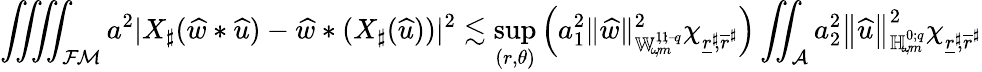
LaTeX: \iiiint_{{\mathcal{FM}}}a^{2}|X_{\sharp}(\widehat{w}*{\widehat{u}})-\widehat{w}*(X_{\sharp}({\widehat{u}}))|^{2}\lesssim\operatorname*{sup}_{(r,\theta)}\left(a_{1}^{2}\lVert\widehat{w}\rVert_{{\mathbb{W}_{\! \omega\! ,m}^{1\! ,1\! ;{-\! q}}}}^{2}\chi_{\underline{{r}}^{\sharp}\! ,\overline{{r}}^{\sharp}}\right)\iint_{\mathcal{A}}a_{2}^{2}\left\lVert{\widehat{u}}\right\rVert_{{\mathbb{H}_{\! \omega\! ,m}^{0;{q}}}}^{2}\chi_{\underline{{r}}^{\sharp}\! ,\overline{{r}}^{\sharp}}